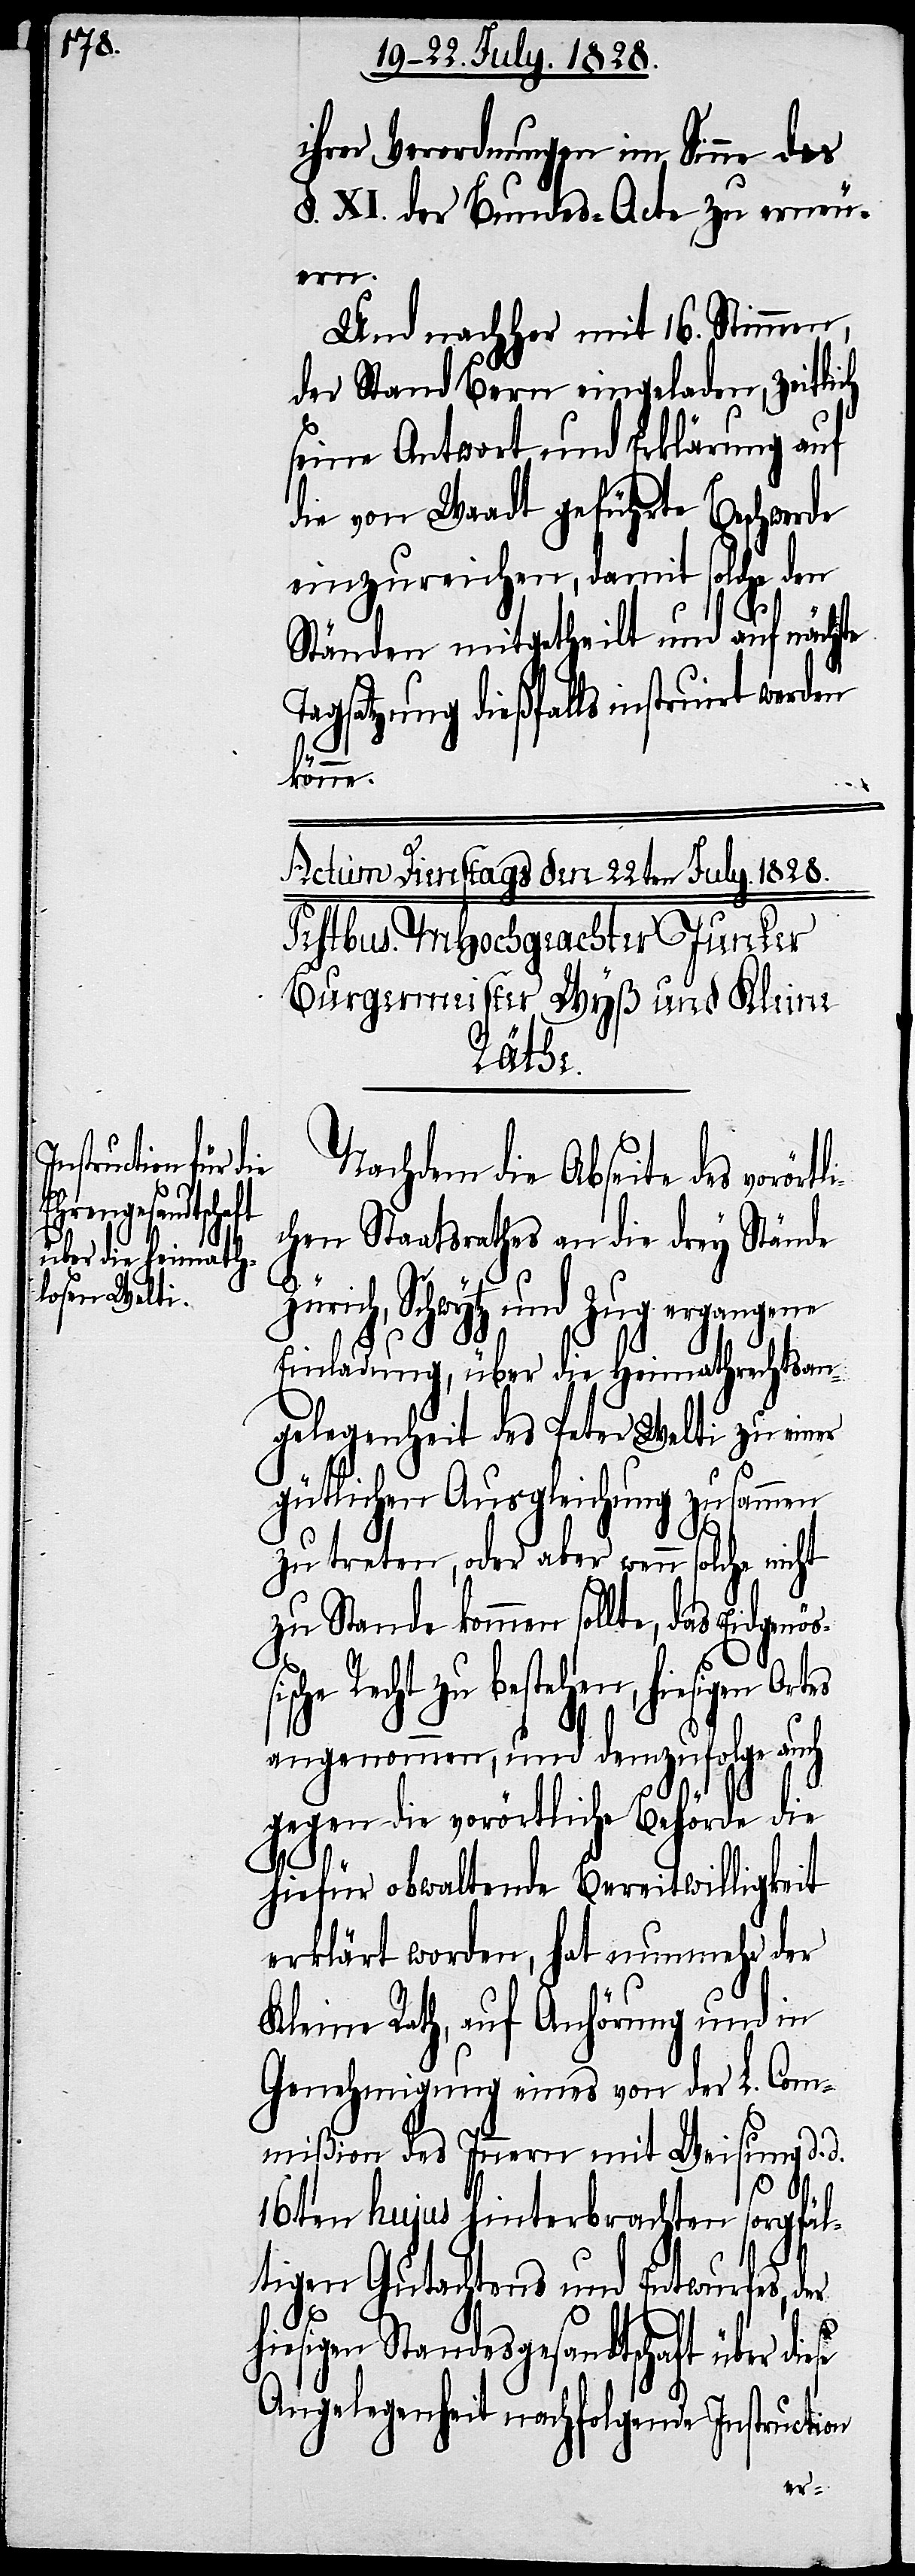
ihrer Verordnungen im Sinne des
§. XI. der Bundes-Acte zu erneu¬
ern.
Und nachher mit 16. Stimmen,
der Stand Bern eingeladen, zeitlich
seine Antwort und Erklärung auf
die von Waadt geführte Beschwerde
einzureichen, damit solche den
Ständen mitgetheilt und auf nächste
Tagsatzung dießfalls instruirt werden
könne.
ößi¬
Nachdem die Abseite des vorört¬
chen Staatsrathes an die drey Stände
Zürich, Schwytz und Zug ergangene
se
Einladung, über die Heimathrechtsan¬
gelegenheit des Peter Welti zu einer
gütlichen Ausgleichung zusammen
zu treten, oder aber wenn solche
zu Stande kommen sollte, das Eidgen¬
sche Recht zu bestehen, hiesigen Ortes
angenommen, und demzufolge auch
gegen die vorörtliche Behörde die
hiefür obwaltende Bereitwilligkeit
erklärt worden, hat nunmehr der
Kleine Rath, auf Anhörung und in
Genehmigung eines von der L. Com¬
mißion des Innern mit Weisung d.
d.
16ten hujus hinterbrachten sorgfäl¬
tigen Gutachtens und Entwurfes, der
hiesigen Standesgesandtschaft über die¬
Angelegenheit nachfolgende Instruction